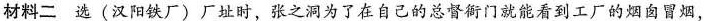
材料二 选 (汉阳铁厂) 厂址时，张之洞为了在自己的总督衙门就能看到工厂的烟囱冒烟，